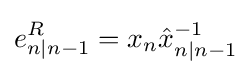
e_{n|n-1}^{R}=x_{n}{\hat {x}}_{n|n-1}^{-1}